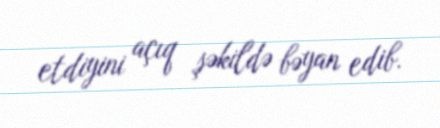
etdiyini açıq şəkildə bəyan edib.